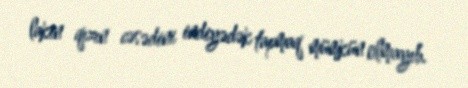
lakin qızın cəsədini indiyədək tapmaq mümkün olmayıb.